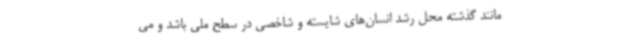
مانند گذشته محل رشد انسان‌های شایسته و شاخصی در سطح ملی باشد و می